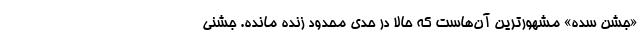
«جشن سده» مشهورترین‌ آن‌هاست که حالا در حدی محدود زنده مانده. جشنی